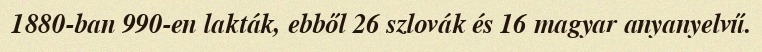
1880-ban 990-en lakták, ebből 26 szlovák és 16 magyar anyanyelvű.